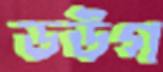
ডউগ